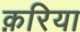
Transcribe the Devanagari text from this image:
क़रिया